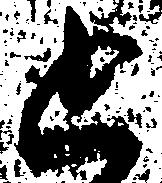
追